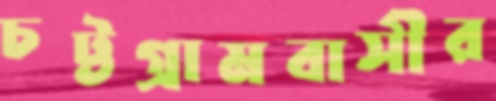
চট্টগ্রামবাসীর